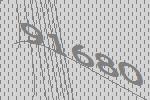
91680